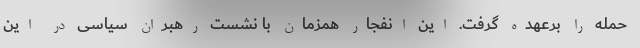
حمله را برعهده گرفت. این انفجار همزمان با نشست رهبران سیاسی در این